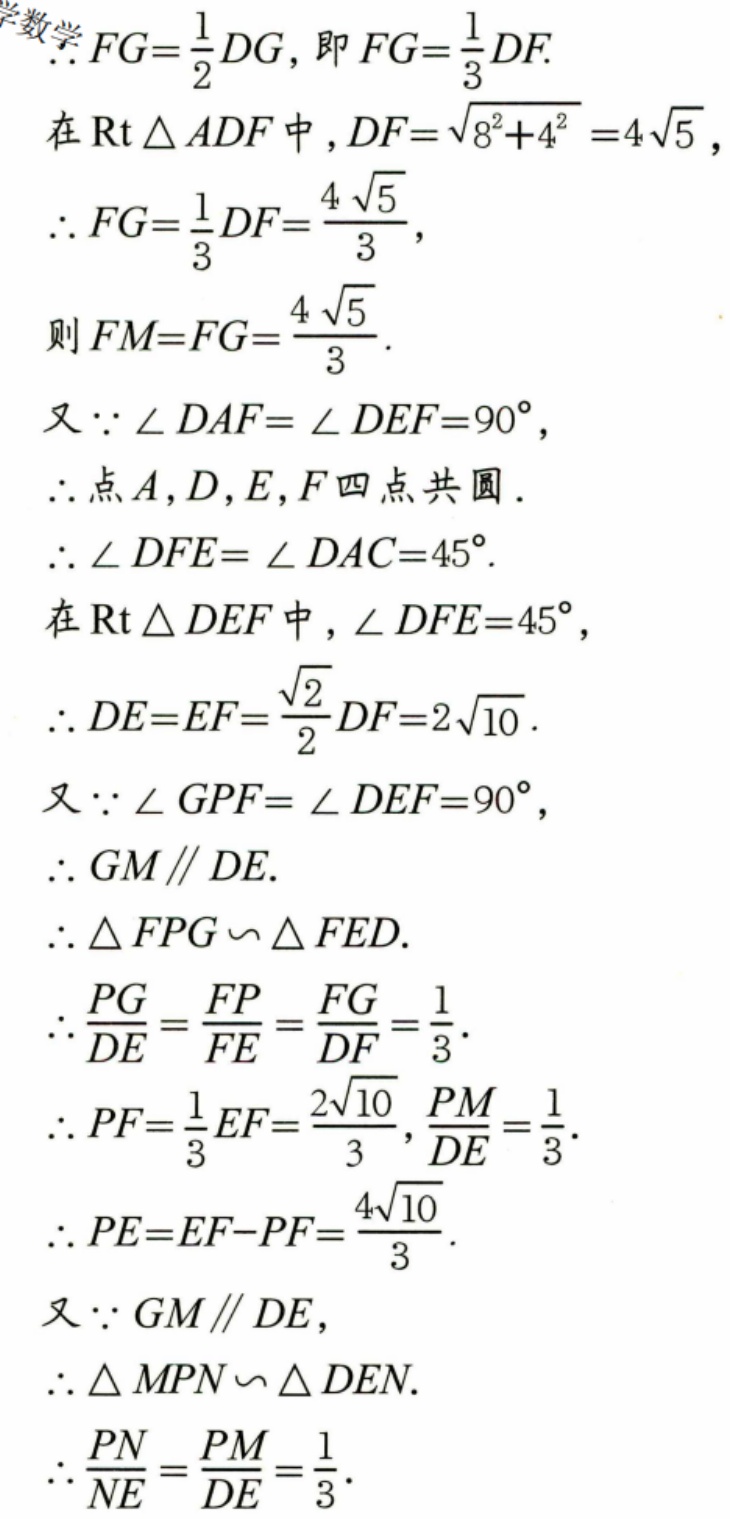
$\because FG = \frac{1}{2}DG$, 即 $FG=\frac{1}{3}DF$.
在 $\mathrm{Rt}\triangle ADF$ 中, $DF = \sqrt{8^{2}+4^{2}} = 4\sqrt{5}$,
$\therefore FG=\frac{1}{3}DF=\frac{4\sqrt{5}}{3}$,
则 $FM = FG=\frac{4\sqrt{5}}{3}$.
又 $\because \angle DAF=\angle DEF = 90^{\circ}$,
$\therefore$ 点 $A,D,E,F$ 四点共圆.
$\therefore \angle DFE=\angle DAC = 45^{\circ}$.
在 $\mathrm{Rt}\triangle DEF$ 中, $\angle DFE = 45^{\circ}$,
$\therefore DE = EF=\frac{\sqrt{2}}{2}DF = 2\sqrt{10}$.
又 $\because \angle GPF=\angle DEF = 90^{\circ}$,
$\therefore GM\parallel DE$.
$\therefore \triangle FPG\backsim\triangle FED$.
$\therefore \frac{PG}{DE}=\frac{FP}{FE}=\frac{FG}{DF}=\frac{1}{3}$.
$\therefore PF=\frac{1}{3}EF=\frac{2\sqrt{10}}{3},\frac{PM}{DE}=\frac{1}{3}$.
$\therefore PE = EF - PF=\frac{4\sqrt{10}}{3}$.
又 $\because GM\parallel DE$,
$\therefore \triangle MPN\backsim\triangle DEN$.
$\therefore \frac{PN}{NE}=\frac{PM}{DE}=\frac{1}{3}$.